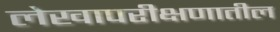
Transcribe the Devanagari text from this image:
लेखापरीक्षणातील